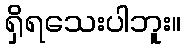
ရှိရသေးပါဘူး။